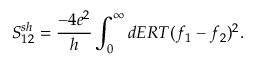
S _ { 1 2 } ^ { s h } = \frac { - 4 e ^ { 2 } } { h } \int _ { 0 } ^ { \infty } d E R T ( f _ { 1 } - f _ { 2 } ) ^ { 2 } .